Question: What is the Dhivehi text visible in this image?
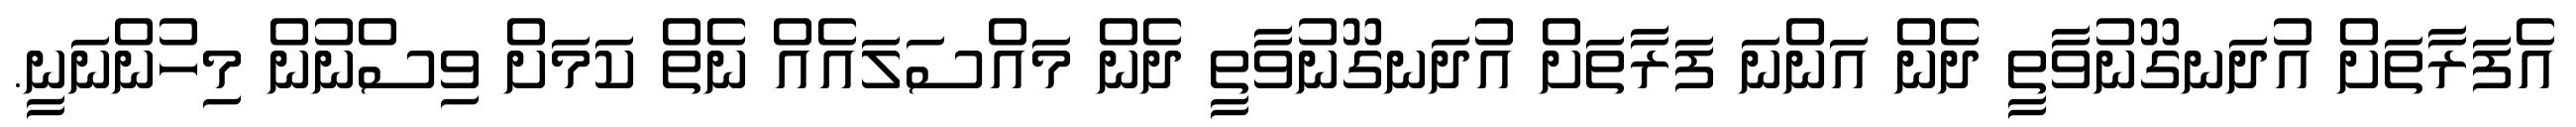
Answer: އެފަރާތަށް އުދަނގޫނުވާތީ ދެން އަންނަ ފަރާތަށް އުދަނގޫނުވާތީ ދެން މައްސަލައެއް ނެތް ކަމަށް ވިސްނުން މިހުންނަނީ.